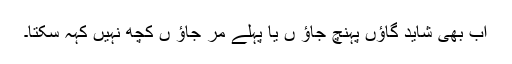
اب بھی شاید گاؤں پہنچ جاؤ ں یا پہلے مر جاؤ ں کچھ نہیں کہہ سکتا۔